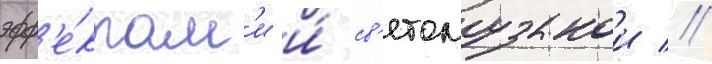
эфф'е́ктам'и и́ св'етомузыкои //